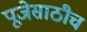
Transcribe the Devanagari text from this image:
पूजेसाठीच